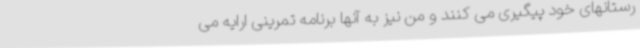
رستانهای خود پیگیری می کنند و من نیز به آنها برنامه تمرینی ارایه می